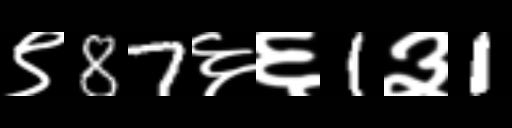
Text: ९87६६1३1